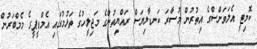
ކޮމިޓީ އެލަވަންސްގެ އިތުރުން މުސާރަ ކަނޑާލިޔަސް ރައްޔިތުންގެ މަޖިލީހުގެ ތަޅުމުގައި އެމްޑީޕީގެ މެމްބަރުން